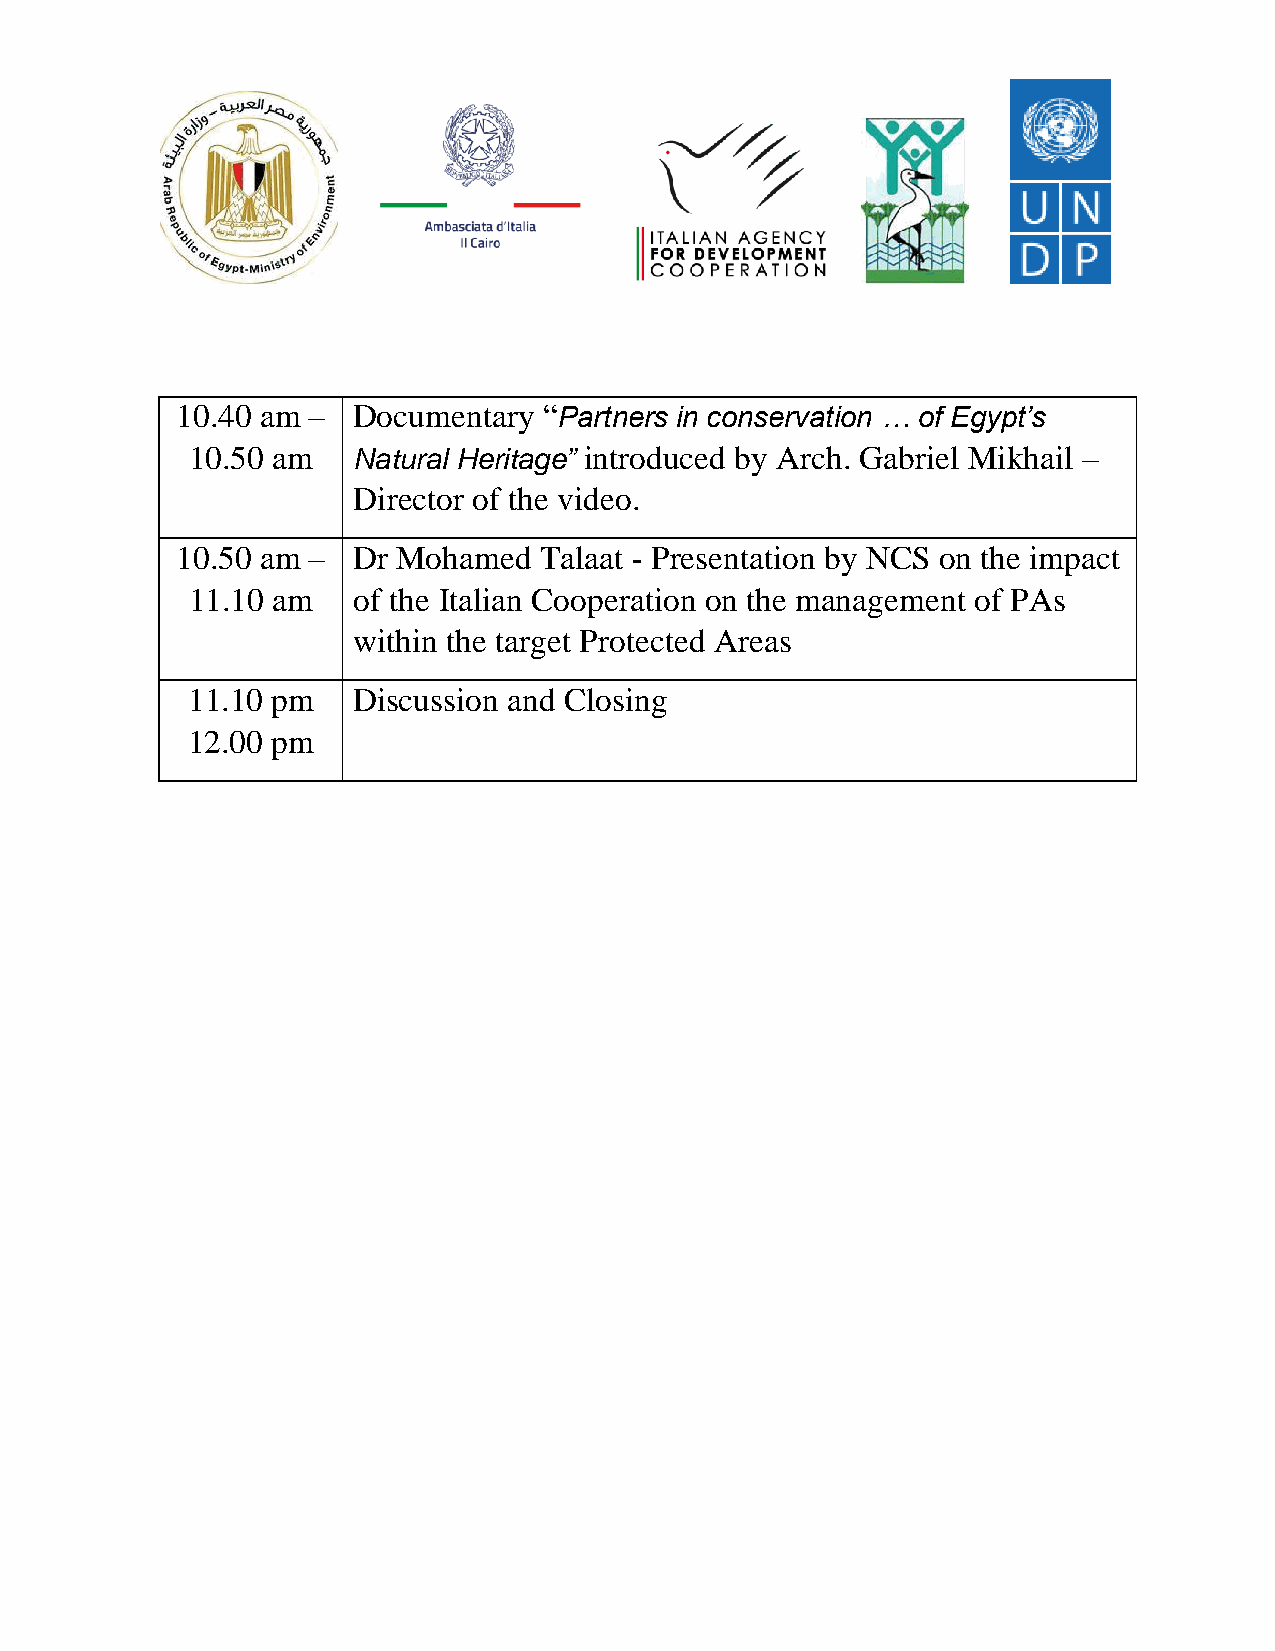
10.40 am – Documentary  “Partners in conservation … of Egypt’s
 10.50 am   Natural Heritage” introduced by Arch. Gabriel Mikhail –
 Director of the video.
 10.50 am – Dr Mohamed   Talaat - Presentation by NCS on the impact
 11.10 am   of the Italian Cooperation on the management of PAs
 within the target Protected Areas
 11.10 pm   Discussion and Closing
 12.00 pm